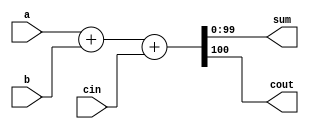
module top_module (
  input [99:0] a, b,
  input cin,
  output reg [99:0] sum,
  output reg cout
);
  assign {cout, sum} = a + b + cin;
/*
The concatenation {carry_out, sum} creates a 101-bit vector, which holds
the result of the addition operation a + b + carry_in.

In binary addition, when you add two N-bit numbers, the result could potentially be an N+1 bit number 
if there is a carry from the addition of the most significant bits.

For a 100-bit binary adder, if the sum of a, b, and carry_in exceeds 
the maximum value that can be represented by 100 bits, there will be a carry-out, which is the 101st bit.

By concatenating carry_out and sum into a 101-bit vector, we can capture this potential carry-out
    
*/
endmodule